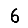
Digit: 6